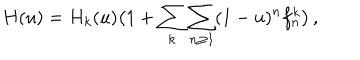
H ( u ) = H _ { k } ( u ) \big ( 1 + \sum _ { k } \sum _ { n \geq 1 } ( 1 - u ) ^ { n } f _ { n } ^ { k } \big ) \, ,